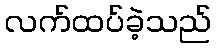
လက်ထပ်ခဲ့သည်